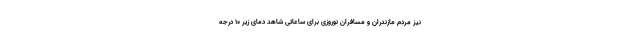
نیز مردم مازندران و مسافران نوروزی برای ساعاتی شاهد دمای زیر ۱۰ درجه